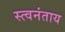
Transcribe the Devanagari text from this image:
स्त्वनंताय